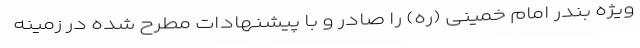
ویژه بندر امام خمینی (ره) را صادر و با پیشنهادات مطرح شده در زمینه